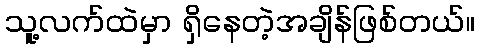
သူ့လက်ထဲမှာ ရှိနေတဲ့အချိန်ဖြစ်တယ်။